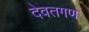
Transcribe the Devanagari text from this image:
देवतगण